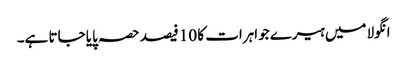
انگولا میں ہیرے جواہرات کا 10 فیصد حصہ پایا جاتا ہے۔